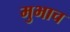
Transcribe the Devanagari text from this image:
मुभाच